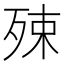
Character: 殐